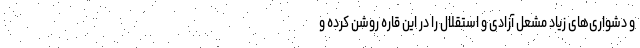
و دشواری‌های زیاد مشعل آزادی و استقلال را در این قاره روشن کرده و